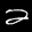
Label: 2